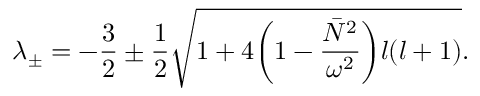
\lambda _ { \pm } = - \frac { 3 } { 2 } \pm \frac { 1 } { 2 } \sqrt { 1 + 4 \bigg ( 1 - \frac { \bar { N } ^ { 2 } } { \omega ^ { 2 } } \bigg ) l ( l + 1 ) } .